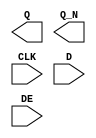
module sky130_fd_sc_hs__edfxbp (
    Q  ,
    Q_N,
    CLK,
    D  ,
    DE
);

    output Q  ;
    output Q_N;
    input  CLK;
    input  D  ;
    input  DE ;

    // Voltage supply signals
    supply1 VPWR;
    supply0 VGND;

endmodule